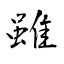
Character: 雖